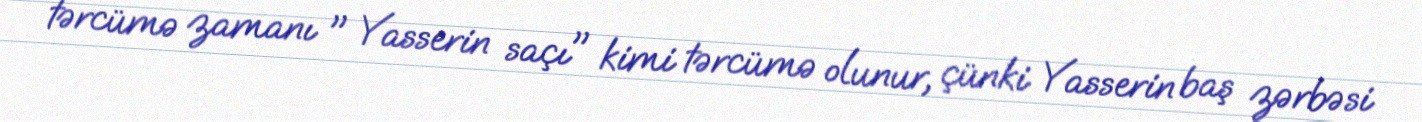
tərcümə zamanı " Yasserin saçı" kimi tərcümə olunur, çünki Yasserin baş zərbəsi